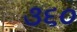
૩૬૦